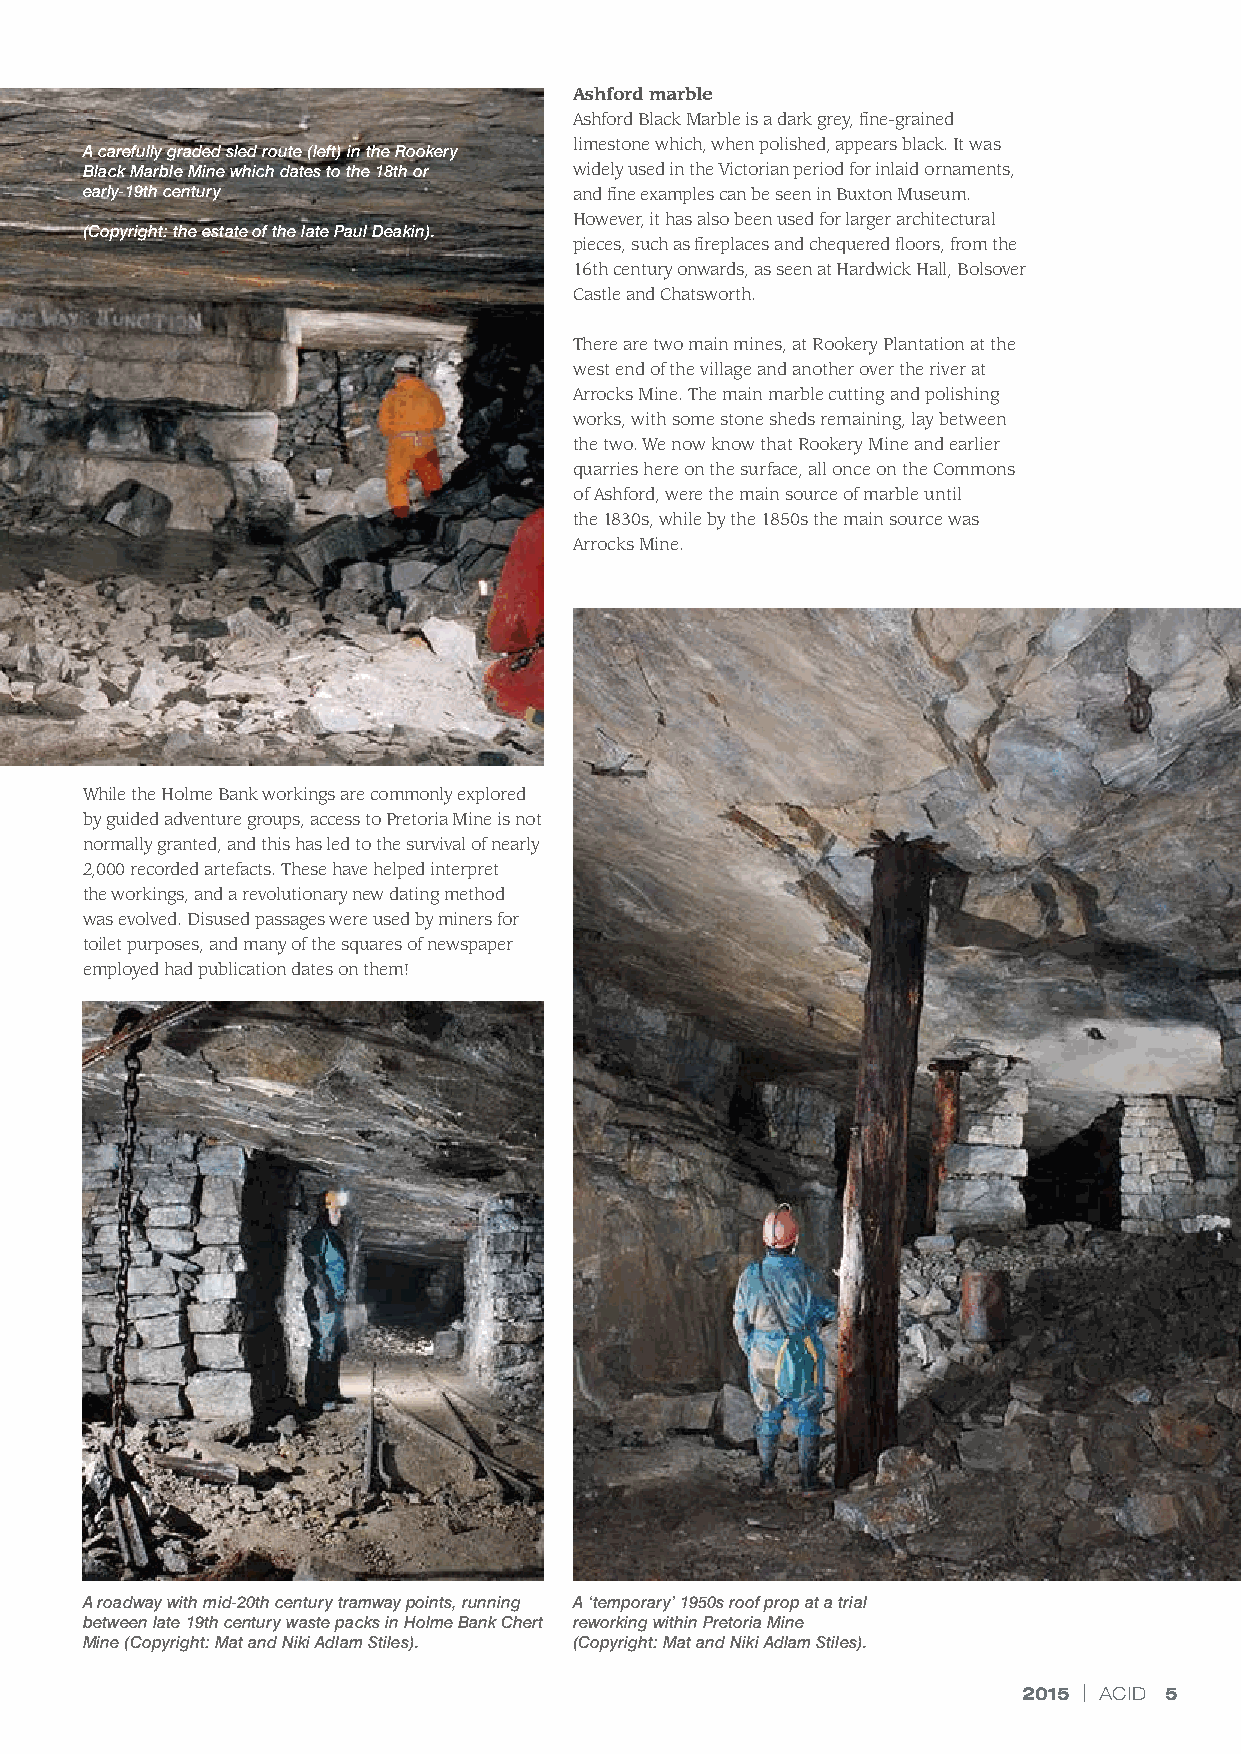
Ashford marble
 Ashford Black Marble is a dark grey, fine-grained
 limestone which, when polished, appears black. It was
 A carefully graded sled route (left) in the Rookery
 Black Marble Mine which dates to the 18th or widely used in the Victorian period for inlaid ornaments,
 early-19th century               and fine examples can be seen in Buxton Museum.
 However, it has also been used for larger architectural
 (Copyright: the estate of the late Paul Deakin).
 pieces, such as fireplaces and chequered floors, from the
 16th century onwards, as seen at Hardwick Hall, Bolsover
 Castle and Chatsworth.
 There are two main mines, at Rookery Plantation at the
 west end of the village and another over the river at
 Arrocks Mine. The main marble cutting and polishing
 works, with some stone sheds remaining, lay between
 the two. We now know that Rookery Mine and earlier
 quarries here on the surface, all once on the Commons
 of Ashford, were the main source of marble until
 the 1830s, while by the 1850s the main source was
 Arrocks Mine.
 While the Holme Bank workings are commonly explored
 by guided adventure groups, access to Pretoria Mine is not
 normally granted, and this has led to the survival of nearly
 2,000 recorded artefacts. These have helped interpret
 the workings, and a revolutionary new dating method
 was evolved. Disused passages were used by miners for
 toilet purposes, and many of the squares of newspaper
 employed had publication dates on them!
 A roadway with mid-20th century tramway points, running A ‘temporary’ 1950s roof prop at a trial
 between late 19th century waste packs in Holme Bank Chert reworking within Pretoria Mine
 Mine (Copyright: Mat and Niki Adlam Stiles). (Copyright: Mat and Niki Adlam Stiles).
 2015 | ACID 5